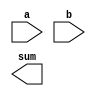
module task_example (
    input wire [7:0] a,
    input wire [7:0] b,
    output wire [7:0] sum 
);

task calculate_sum;
    begin
        sum = a + b;
    end
endtask

endmodule